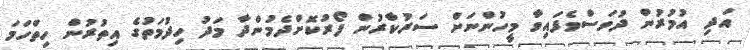
އަދި އުމުރުން ދުވަސްވެފައިވާ މީހުންނަށް ސަރުކާރުން ފޯރުކޮށްދެމުންދާ މަދު ހިދުމަތުގެ އިތުރުން ހިތްހަމަ